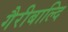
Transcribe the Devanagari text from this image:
गैरीबाल्दि